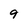
Character: 9